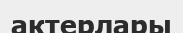
актерлары